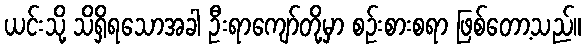
ယင်းသို့ သိရှိရသောအခါ ဦးရာကျော်တို့မှာ စဉ်းစားစရာ ဖြစ်တော့သည်။